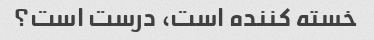
خسته کننده است، درست است؟